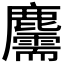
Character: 𪋯